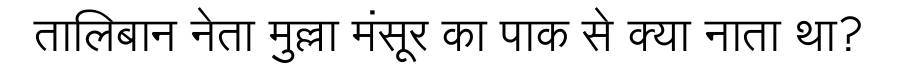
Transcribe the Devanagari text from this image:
तालिबान नेता मुल्ला मंसूर का पाक से क्या नाता था?